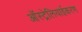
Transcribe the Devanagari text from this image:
ऑस्ट्रेलियाईकरण